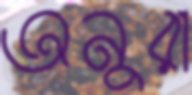
অনুরা